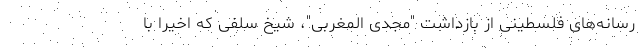
رسانه‌های فلسطینی از بازداشت "مجدی المغربی"، شیخ سلفی که اخیراً با